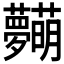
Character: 𱿋